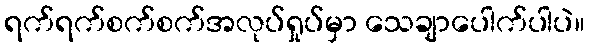
ရက်ရက်စက်စက်အလုပ်ရှုပ်မှာ သေချာပေါက်ပါပဲ။